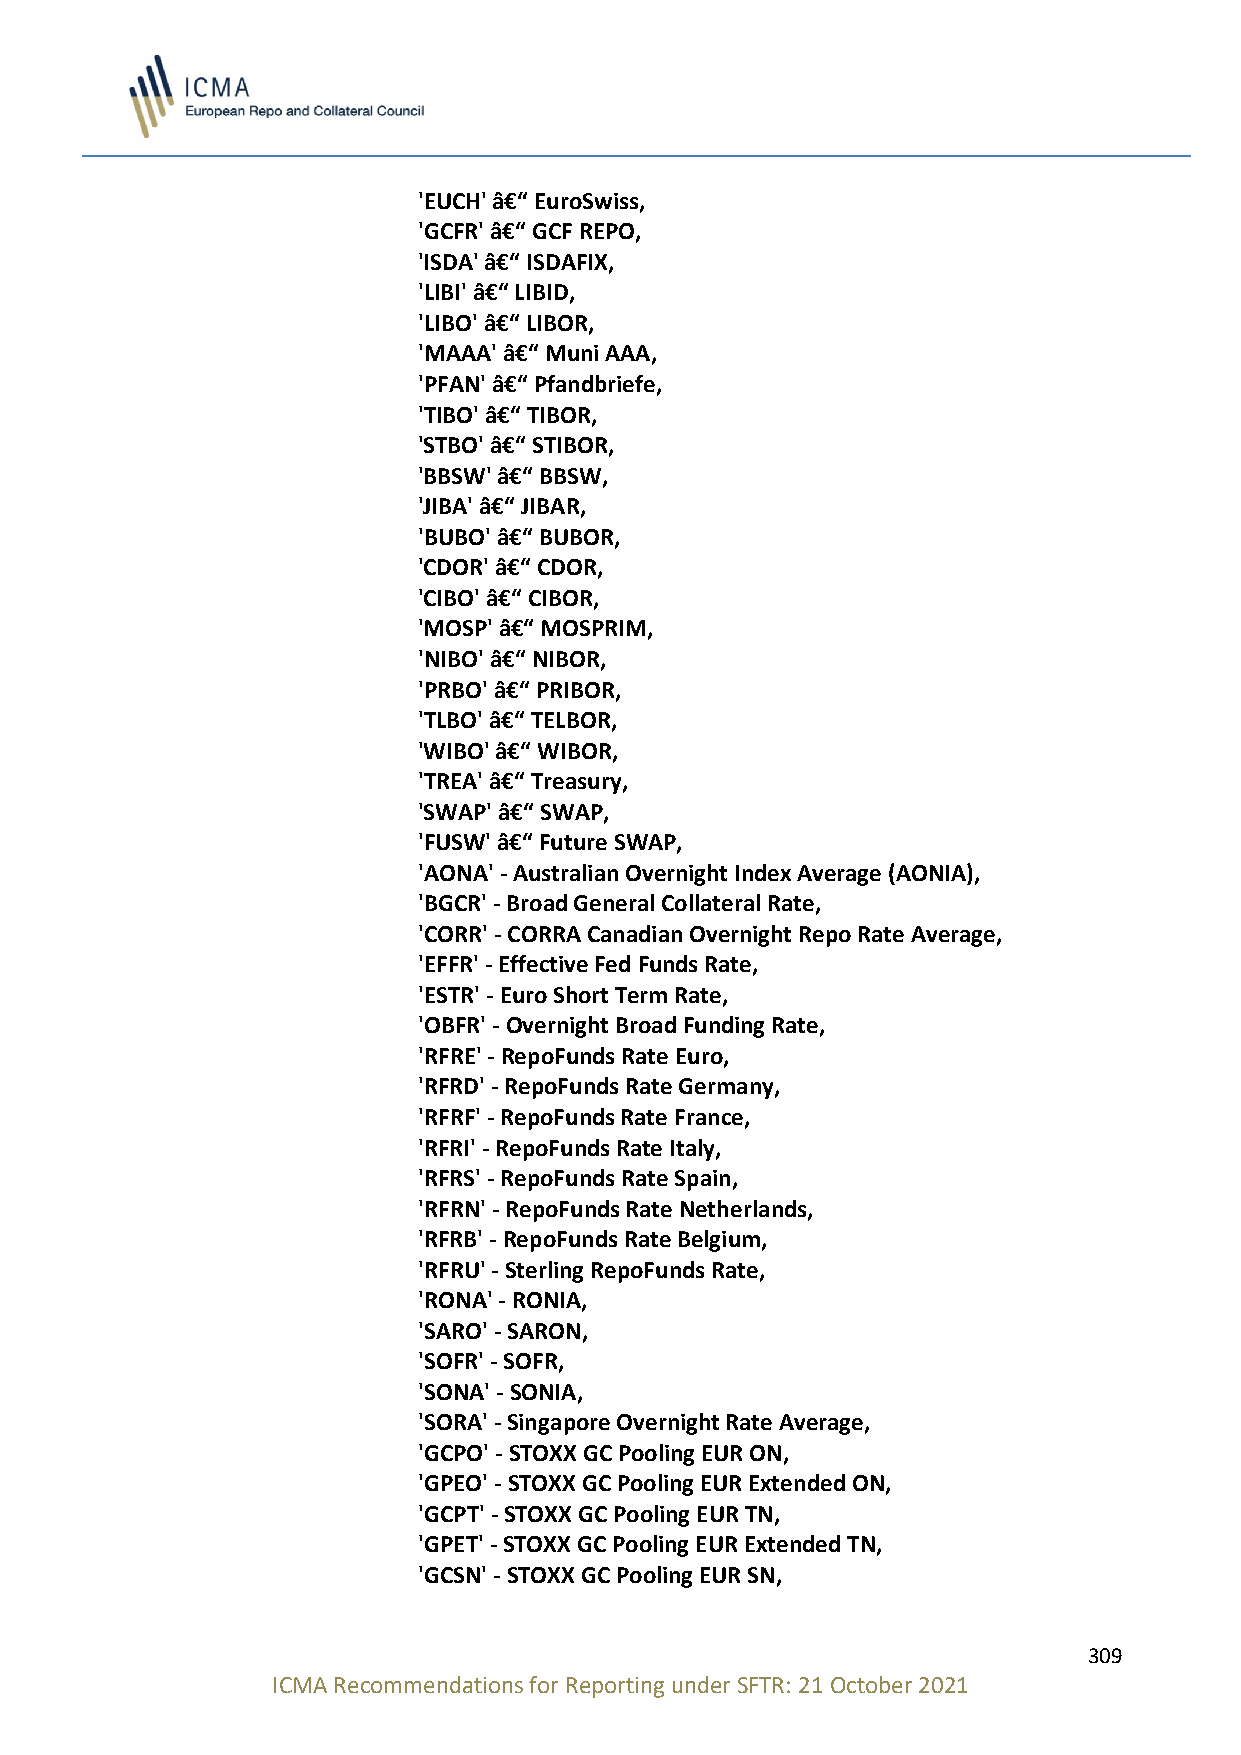
'EUCH' â€“ EuroSwiss,
 'GCFR' â€“ GCF REPO,
 'ISDA' â€“ ISDAFIX,
 'LIBI' â€“ LIBID,
 'LIBO' â€“ LIBOR,
 'MAAA' â€“ Muni AAA,
 'PFAN' â€“ Pfandbriefe,
 'TIBO' â€“ TIBOR,
 'STBO' â€“ STIBOR,
 'BBSW' â€“ BBSW,
 'JIBA' â€“ JIBAR,
 'BUBO' â€“ BUBOR,
 'CDOR' â€“ CDOR,
 'CIBO' â€“ CIBOR,
 'MOSP' â€“ MOSPRIM,
 'NIBO' â€“ NIBOR,
 'PRBO' â€“ PRIBOR,
 'TLBO' â€“ TELBOR,
 'WIBO' â€“ WIBOR,
 'TREA' â€“ Treasury,
 'SWAP' â€“ SWAP,
 'FUSW' â€“ Future SWAP,
 'AONA' - Australian Overnight Index Average (AONIA),
 'BGCR' - Broad General Collateral Rate,
 'CORR' - CORRA Canadian Overnight Repo Rate Average,
 'EFFR' - Effective Fed Funds Rate,
 'ESTR' - Euro Short Term Rate,
 'OBFR' - Overnight Broad Funding Rate,
 'RFRE' - RepoFunds Rate Euro,
 'RFRD' - RepoFunds Rate Germany,
 'RFRF' - RepoFunds Rate France,
 'RFRI' - RepoFunds Rate Italy,
 'RFRS' - RepoFunds Rate Spain,
 'RFRN' - RepoFunds Rate Netherlands,
 'RFRB' - RepoFunds Rate Belgium,
 'RFRU' - Sterling RepoFunds Rate,
 'RONA' - RONIA,
 'SARO' - SARON,
 'SOFR' - SOFR,
 'SONA' - SONIA,
 'SORA' - Singapore Overnight Rate Average,
 'GCPO' - STOXX GC Pooling EUR ON,
 'GPEO' - STOXX GC Pooling EUR Extended ON,
 'GCPT' - STOXX GC Pooling EUR TN,
 'GPET' - STOXX GC Pooling EUR Extended TN,
 'GCSN' - STOXX GC Pooling EUR SN,
 309
 ICMA Recommendations for Reporting under SFTR: 21 October 2021